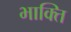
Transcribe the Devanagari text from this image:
भाक्ति